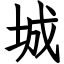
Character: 城